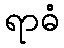
ရာဓံ